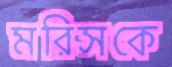
মরিসকে